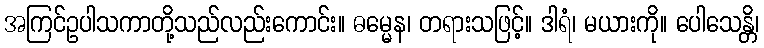
အကြင်ဥပါသကာတို့သည်လည်းကောင်း။ ဓမ္မေန၊ တရားသဖြင့်။ ဒါရံ၊ မယားကို။ ပေါသေန္တိ၊